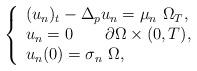
LaTeX: \begin{align*}\left\{ \begin{array}{l}{(u_{n})_{t}}-\Delta _{p}u_{n}=\mu _{n}~\Omega _{T}, \\ u_{n}=0~~~~~~\partial \Omega \times (0,T), \\ u_{n}(0)=\sigma _{n}~\Omega , \\ \end{array}\right. \end{align*}